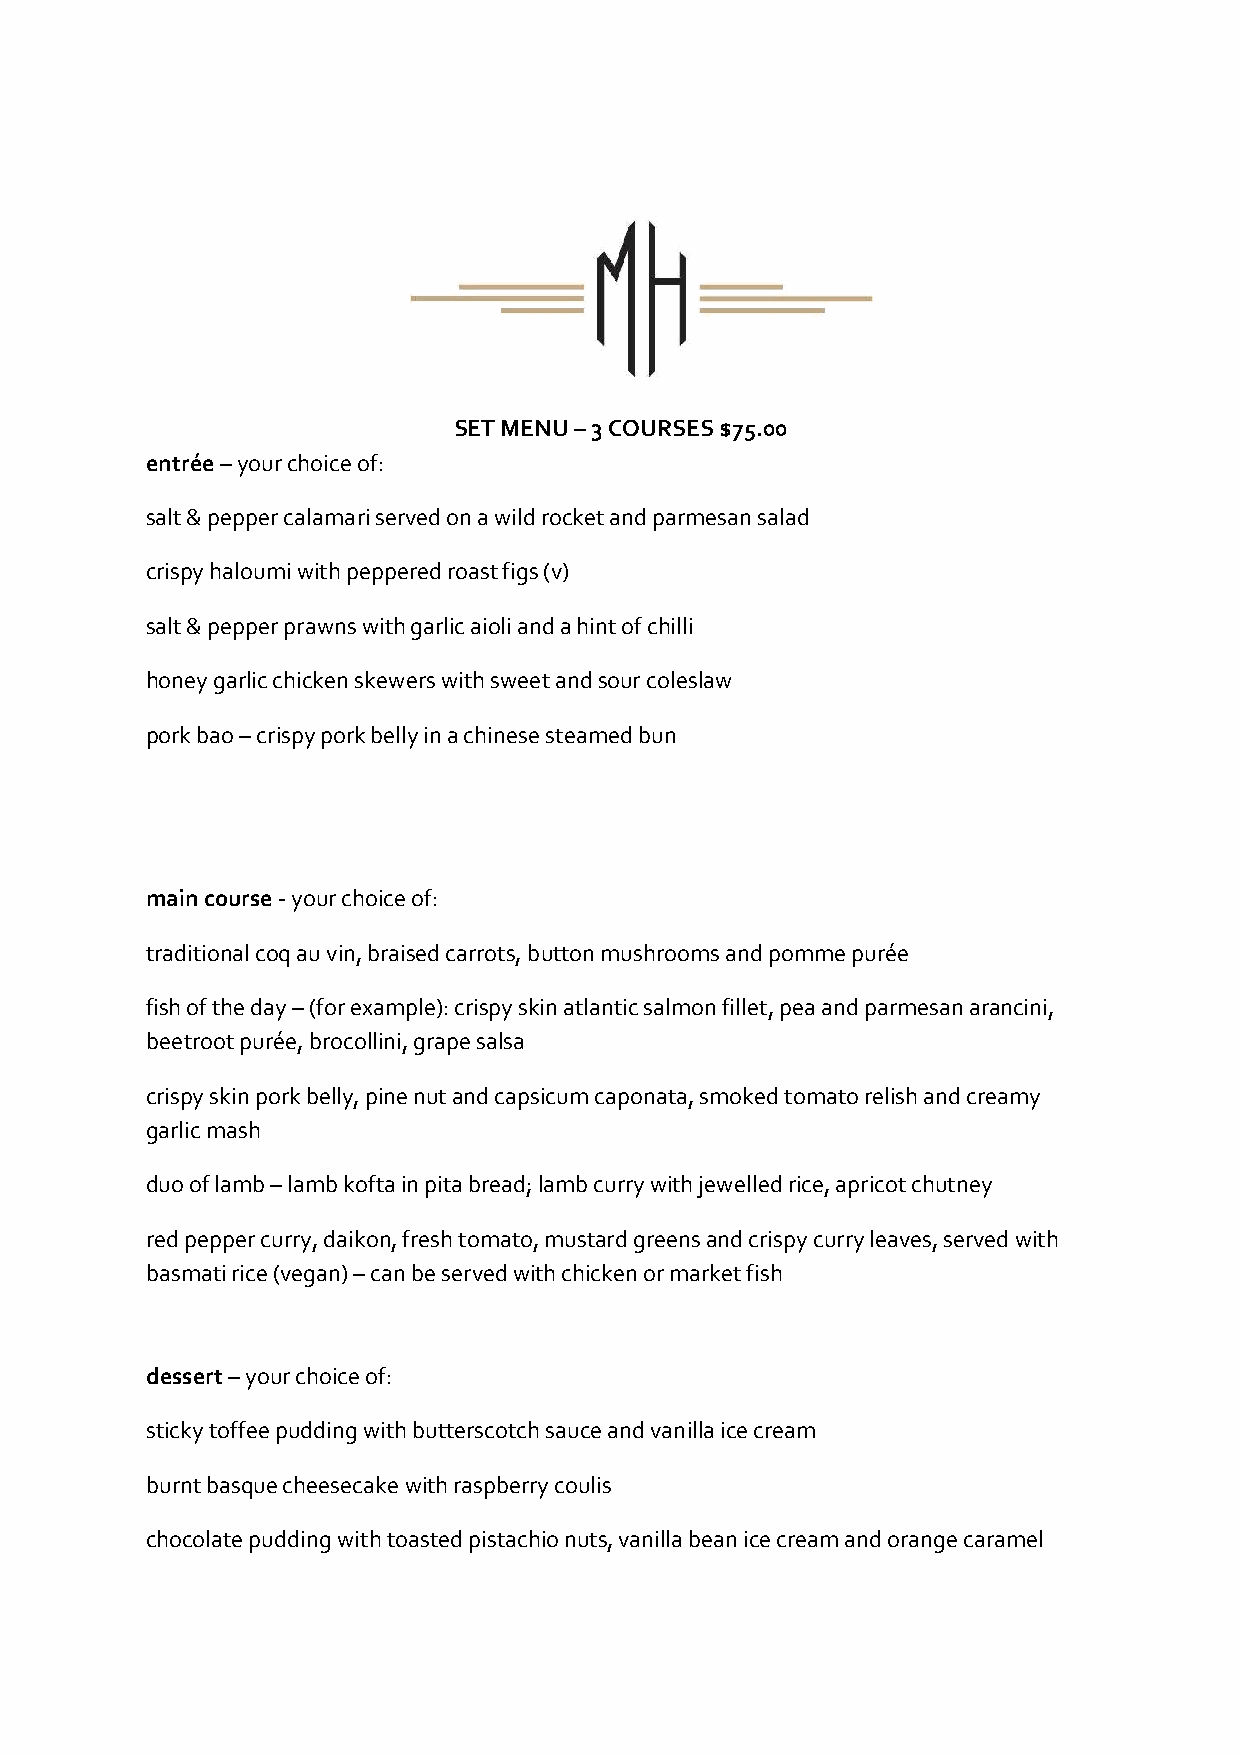
SET MENU – 3 COURSES $75.00
 entrée – your choice of:
 salt & pepper calamari served on a wild rocket and parmesan salad
 crispy haloumi with peppered roast figs (v)
 salt & pepper prawns with garlic aioli and a hint of chilli
 honey garlic chicken skewers with sweet and sour coleslaw
 pork bao – crispy pork belly in a chinese steamed bun
 main course - your choice of:
 traditional coq au vin, braised carrots, button mushrooms and pomme purée
 fish of the day – (for example): crispy skin atlantic salmon fillet, pea and parmesan arancini,
 beetroot purée, brocollini, grape salsa
 crispy skin pork belly, pine nut and capsicum caponata, smoked tomato relish and creamy
 garlic mash
 duo of lamb – lamb kofta in pita bread; lamb curry with jewelled rice, apricot chutney
 red pepper curry, daikon, fresh tomato, mustard greens and crispy curry leaves, served with
 basmati rice (vegan) – can be served with chicken or market fish
 dessert – your choice of:
 sticky toffee pudding with butterscotch sauce and vanilla ice cream
 burnt basque cheesecake with raspberry coulis
 chocolate pudding with toasted pistachio nuts, vanilla bean ice cream and orange caramel